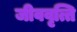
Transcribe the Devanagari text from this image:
जीववृत्ति